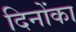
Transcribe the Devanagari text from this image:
दिनोंका